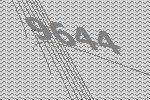
9644